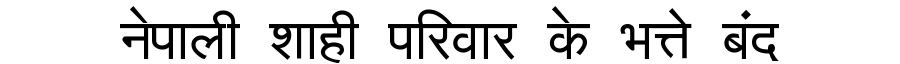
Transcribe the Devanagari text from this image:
नेपाली शाही परिवार के भत्ते बंद